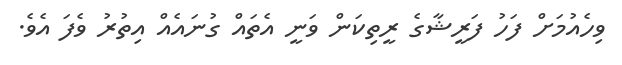
ވިހެއުމަށް ފަހު ފަރީޝާގެ ރީތިކަން ވަނީ އެތައް ގުނައެއް އިތުރު ވެފަ އެވެ.